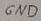
Text: GND